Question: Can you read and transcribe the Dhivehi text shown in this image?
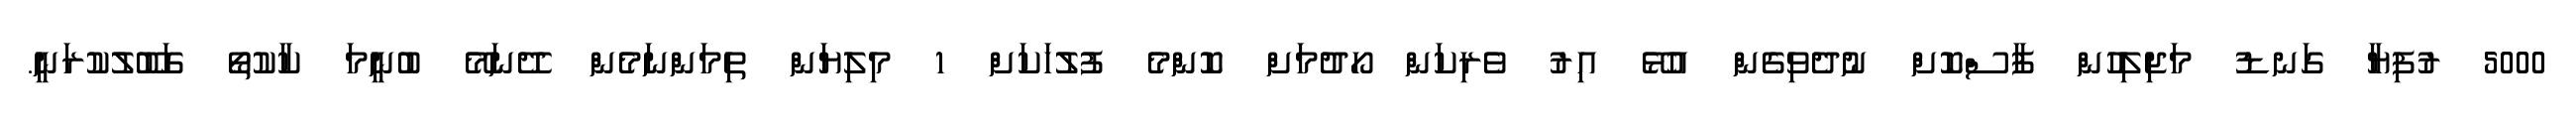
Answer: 5000 ރުފިޔާ ގަނޑު މަޖިލިހުން ފާސްކޮށް ނުދެވިގެން އުޅޭ އިރު ވެރިކަން ހޯދުމަށް ކޮންމެ ފުލުހަކަށް 1 މިލިޔަން ތިމަންނަމެން ދޭނަމޭ ބުނީމަ ކާކުތޯ ގަބޫލުކުރަނީ.